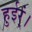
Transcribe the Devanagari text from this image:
हुईर्ं।